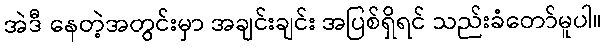
အဲဒီ နေတဲ့အတွင်းမှာ အချင်းချင်း အပြစ်ရှိရင် သည်းခံတော်မူပါ။